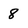
Character: 8